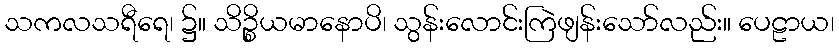
သကလသရီရေ၊ ၌။ သိဉ္စိယမာနောပိ၊ သွန်းလောင်းကြဲဖျန်းသော်လည်း။ ပေဠာယ၊